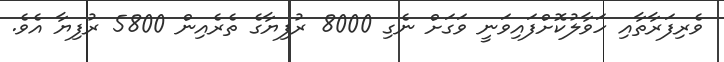
ވެރިފަރާތާއި ހަވާލުކޮށްފައިވަނީ ވަގަށް ނެގި 8000 ރުފިޔާގެ ތެރެއިން 5800 ރުފިޔާ އެވެ.